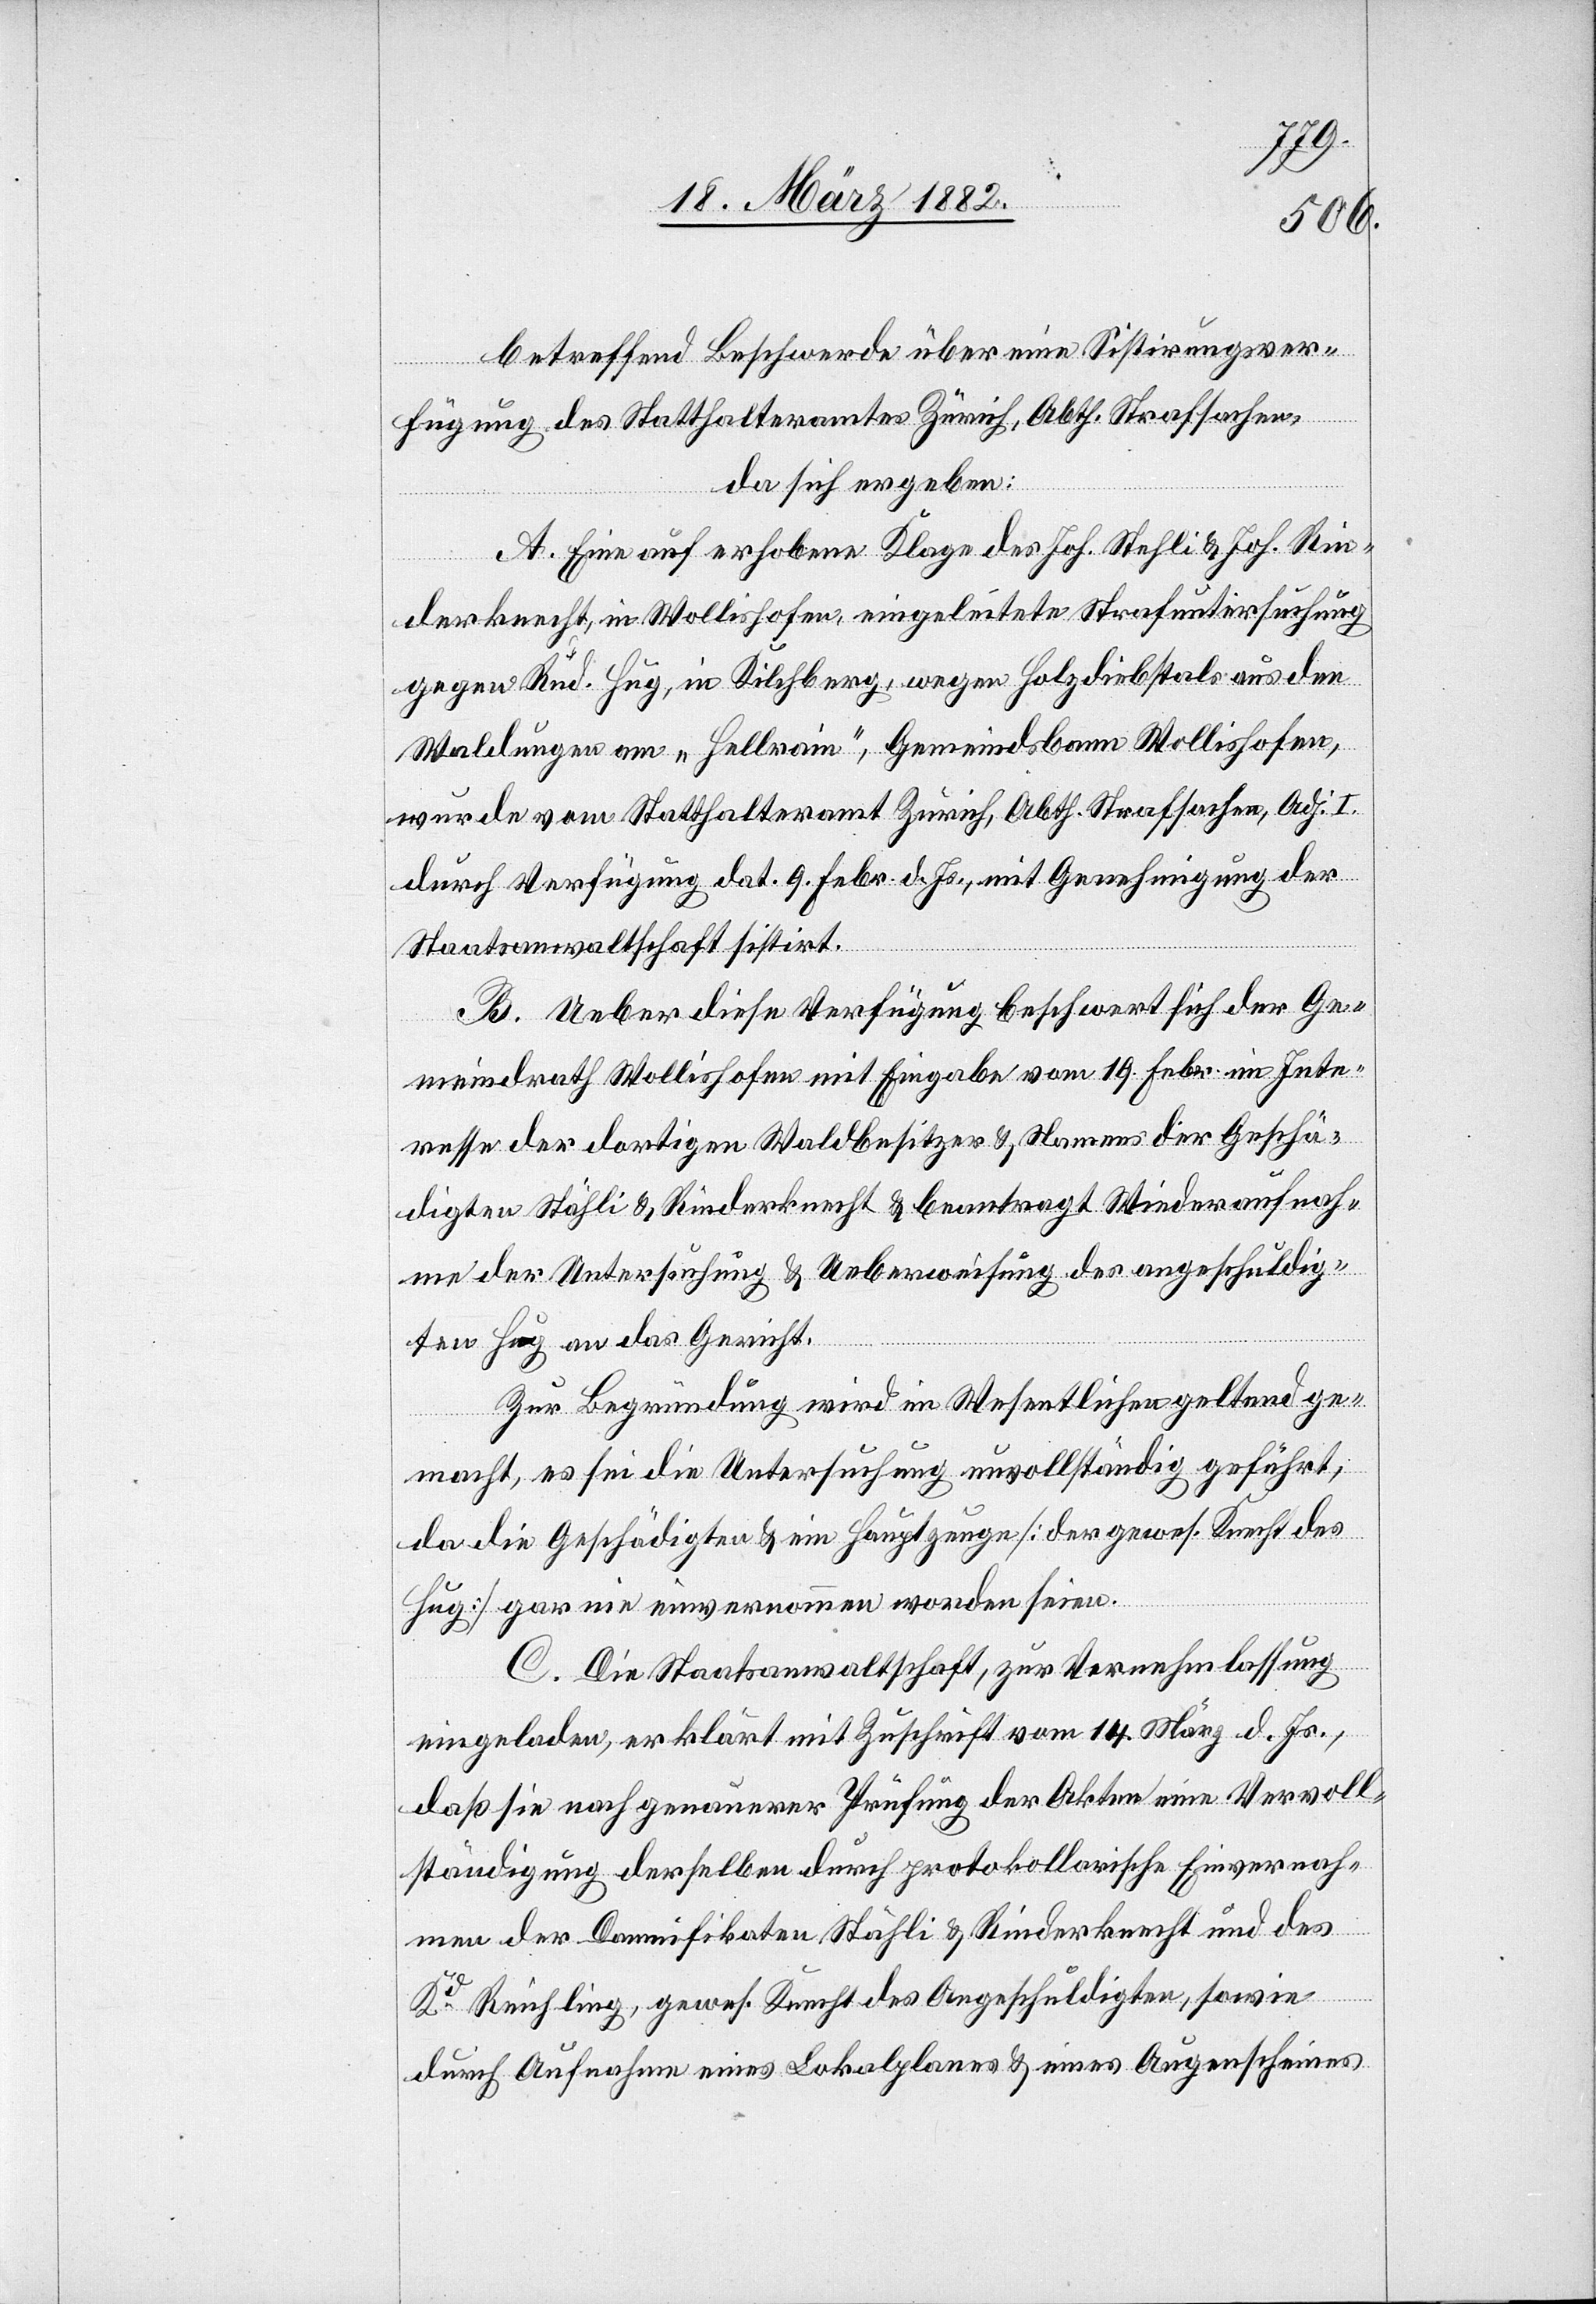
betreffend Beschwerde über eine Sistierungsver¬
fügung des Statthalteramtes Zürich, Abth. Strafsachen,
da sich ergeben:
A. Eine auf erhobene Klage des Joh. Stehli & Joh. Rin¬
derknecht, in Wollishofen, eingeleitete Strafuntersuchung
gegen Rud. Hug, in Kilchberg, wegen Holzdiebstals aus den
Waldungen am „Hellrain“, Gemeindbann Wollishofen,
wurde vom Statthalteramt Zürich, Abth. Strafsachen, Adj. I
durch Verfügung dat. 9. Febr. d. Js., mit Genehmigung der
Staatsanwaltschaft sistiert.
B. Ueber diese Verfügung beschwert sich der Ge¬
meindrath Wollishofen mit Eingabe vom 19. Febr. im Inte¬
resse der dortigen Waldbesitzer & Namens der Geschä¬
digten Stähli [sic!] & Rinderknecht & beantragt Wiederaufnah¬
me der Untersuchung & Ueberweisung des angeschuldig¬
ten Hug an das Gericht.
Zur Begründung wird im Wesentlichen geltend ge¬
macht, es sei die Untersuchung unvollständig geführt,
da die Geschädigten & ein Hauptzeuge [der gewes. Knecht des
Hug] gar nie einvernommen worden seien.
C. Die Staatsanwaltschaft, zur Vernehmlassung
eingeladen, erklärt mit Zuschrift vom 14. März d. Js.,
daß sie nach genauerer Prüfung der Akten eine Vervoll¬
ständigung derselben durch protokollarische Einvernah¬
men der Damnifikaten Stähli & Rinderknecht und des
Kd Reichling, gewes. Knecht des Angeschuldigten, sowie
durch Aufnahme eines Lokalplanes & eines Augenscheines